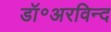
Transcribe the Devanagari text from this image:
डॉ॰अरविन्द